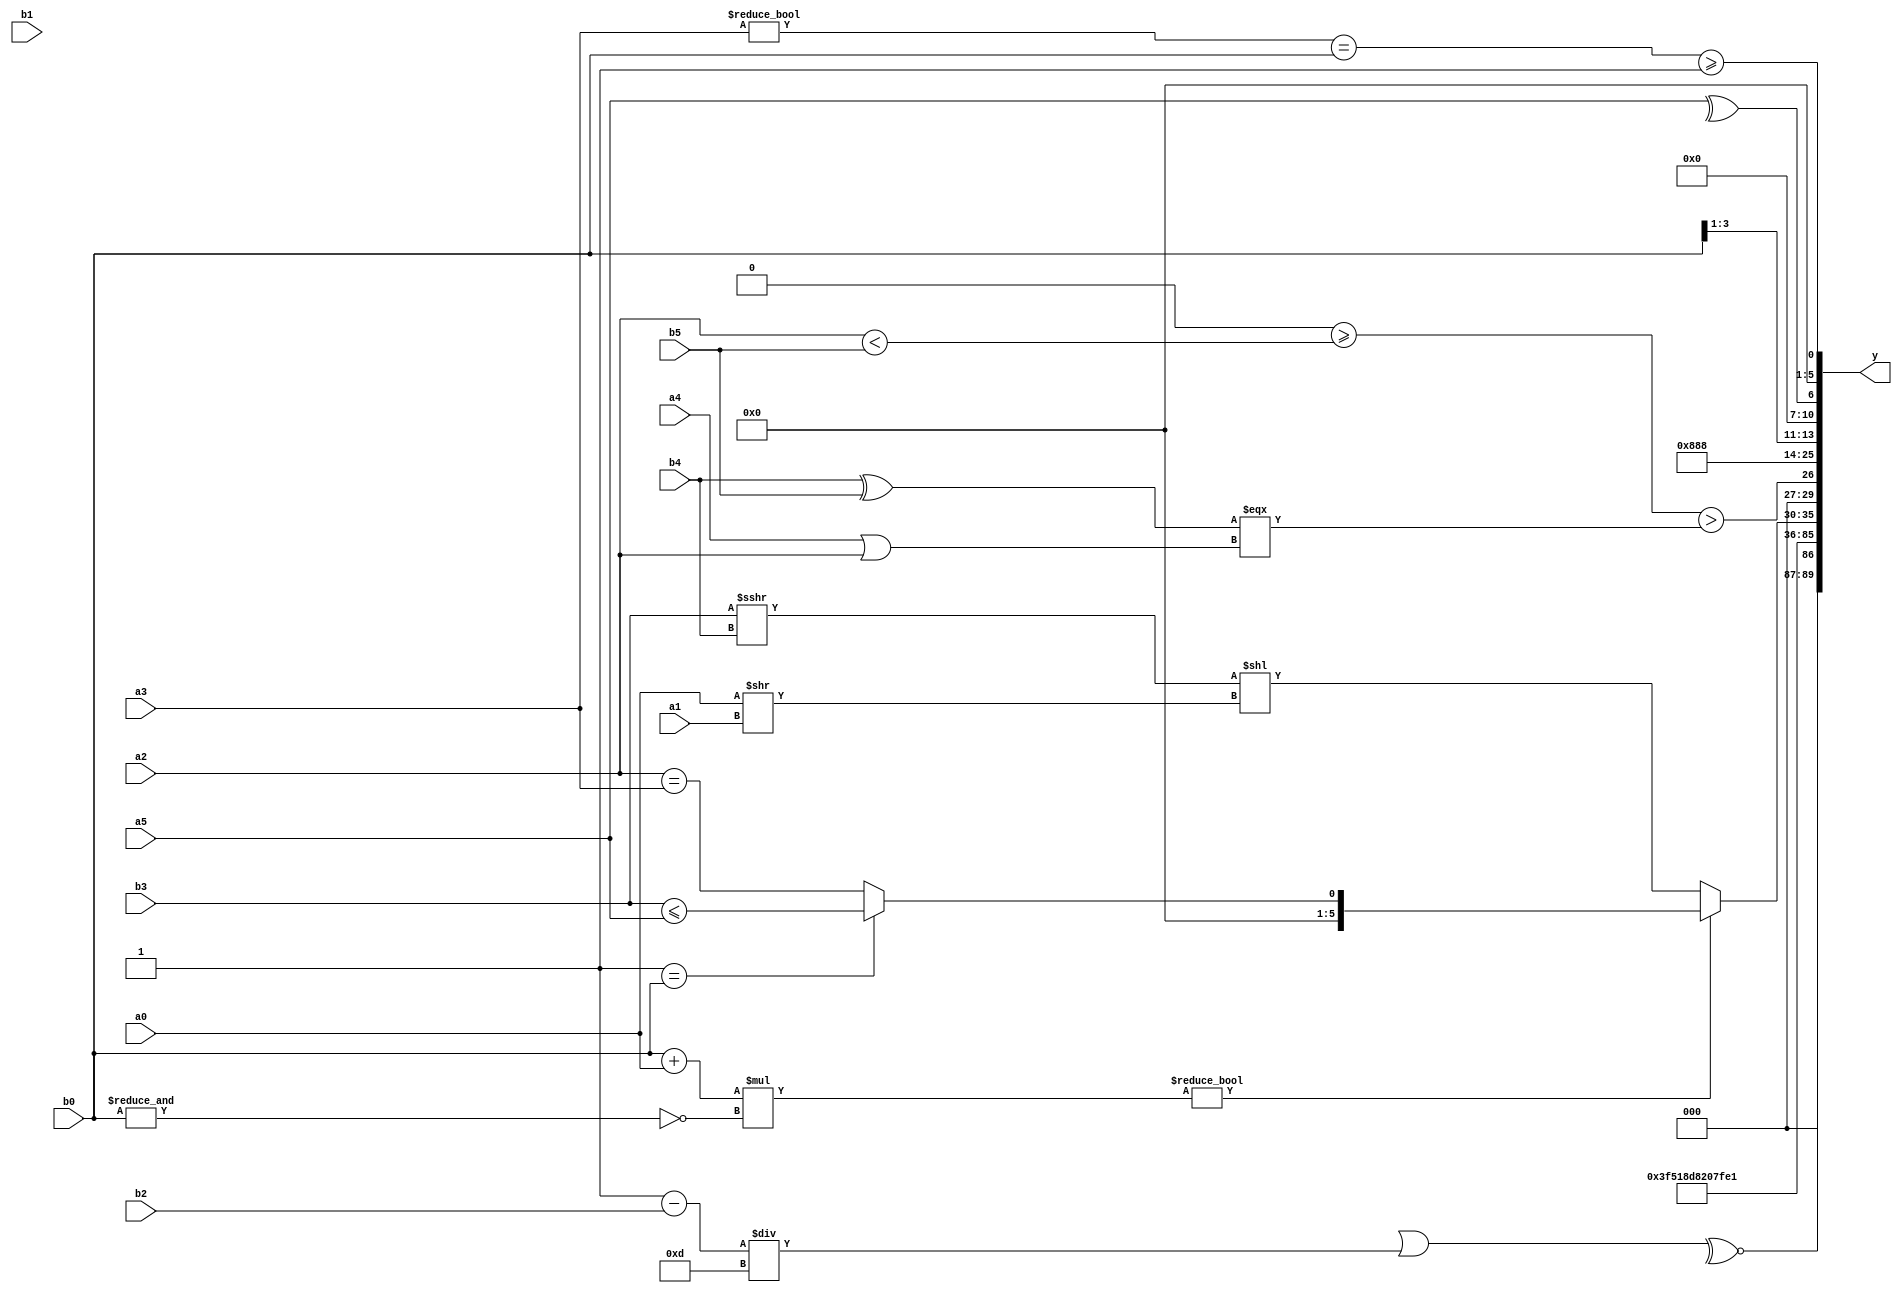
module expression_00151(a0, a1, a2, a3, a4, a5, b0, b1, b2, b3, b4, b5, y);
  input [3:0] a0;
  input [4:0] a1;
  input [5:0] a2;
  input signed [3:0] a3;
  input signed [4:0] a4;
  input signed [5:0] a5;

  input [3:0] b0;
  input [4:0] b1;
  input [5:0] b2;
  input signed [3:0] b3;
  input signed [4:0] b4;
  input signed [5:0] b5;

  wire [3:0] y0;
  wire [4:0] y1;
  wire [5:0] y2;
  wire signed [3:0] y3;
  wire signed [4:0] y4;
  wire signed [5:0] y5;
  wire [3:0] y6;
  wire [4:0] y7;
  wire [5:0] y8;
  wire signed [3:0] y9;
  wire signed [4:0] y10;
  wire signed [5:0] y11;
  wire [3:0] y12;
  wire [4:0] y13;
  wire [5:0] y14;
  wire signed [3:0] y15;
  wire signed [4:0] y16;
  wire signed [5:0] y17;

  output [89:0] y;
  assign y = {y0,y1,y2,y3,y4,y5,y6,y7,y8,y9,y10,y11,y12,y13,y14,y15,y16,y17};

  localparam [3:0] p0 = ({3{(-4'sd3)}}<<(2'd0));
  localparam [4:0] p1 = ((&(2'd2))<<<(3'sd1));
  localparam [5:0] p2 = (((3'd2)<<<{(2'd2),(3'sd0)})!={(2'sd1),(-3'sd1),((2'd3)-(2'sd0))});
  localparam signed [3:0] p3 = (((4'd13)<<(4'd12))<<((3'sd0)>=(3'd6)));
  localparam signed [4:0] p4 = {(((5'sd10)!==(-2'sd0))<<{(3'sd0)})};
  localparam signed [5:0] p5 = ((5'sd4)<<(3'd2));
  localparam [3:0] p6 = (~|(-(((2'd2)<(2'sd1))%(5'd5))));
  localparam [4:0] p7 = ((-(-5'sd1))<{3{(3'd4)}});
  localparam [5:0] p8 = (!{{(+(-4'sd0))},((-2'sd0)==(5'd18)),(&{2{(5'd30)}})});
  localparam signed [3:0] p9 = (!(^(^{{3{(!(3'sd3))}},((&{(-2'sd0),(3'sd1)})==((5'd27)>(2'd2)))})));
  localparam signed [4:0] p10 = (((-3'sd0)<<<{(2'd1),(3'd7),(5'd1)})==(5'd13));
  localparam signed [5:0] p11 = (2'sd0);
  localparam [3:0] p12 = (({(4'sd0)}>>>{(-4'sd0),(-4'sd5)})===((|(-2'sd0))+((-5'sd5)<<<(3'sd3))));
  localparam [4:0] p13 = ((4'd0)?(3'd6):(-4'sd3));
  localparam [5:0] p14 = ((~((5'd29)?(2'd3):(-2'sd1)))?{{((4'd11)?(4'sd0):(3'd1))}}:{((4'd2)?(-2'sd0):(4'sd0))});
  localparam signed [3:0] p15 = (({3{(5'd28)}}-(((5'd31)<<<(3'd0))=={4{(3'sd0)}}))<=(({(-3'sd0)}<=((3'sd2)&(-3'sd3)))-{2{{4{(2'd1)}}}}));
  localparam signed [4:0] p16 = ((!((!(5'd25))!={(4'sd0)}))>=({(3'd7),(4'sd4),(3'd5)}>>>(~^(5'd26))));
  localparam signed [5:0] p17 = (((-3'sd3)?(2'sd0):(-5'sd9))?(|(~^((5'sd1)>>>(-2'sd0)))):((4'd11)?(5'sd0):(2'd3)));

  assign y0 = (~^(((~&(a5^~p4))%p12)|((p8-b2)/p0)));
  assign y1 = ({{1{a0}},{p9,a1,b2},(-p17)}?(-{1{(~&{2{p3}})}}):{{a1,a2,b4},(a5?a4:a0),(~&a0)});
  assign y2 = {4{{(2'd2)}}};
  assign y3 = $signed((3'sd3));
  assign y4 = (5'd3);
  assign y5 = {{(-3'sd2)},(-2'sd0)};
  assign y6 = (((p12?p0:p2)?(p5?p1:p9):(3'd1))?{(p13?p10:p17)}:(2'd2));
  assign y7 = (({3{b0}}!==(b5!==b3))==({p6,b1}<<{p11}));
  assign y8 = (-2'sd1);
  assign y9 = (p14^~p12);
  assign y10 = (p8);
  assign y11 = (((b0+a0)*(~&(b0)))?((p4==b0)?(b3<=a5):(a2==a3)):((b3>>>b4)<<(a0>>a1)));
  assign y12 = (((~^p0)>=(a2<b5))>((b4^b5)===(a4|a2)));
  assign y13 = ((4'd2)?{{3{p9}}}:(5'sd12));
  assign y14 = (3'd4);
  assign y15 = $signed({{a5,a4},(~^a5),(b0>>>p8)});
  assign y16 = (^((~p0)?{1{a5}}:(a2>a0)));
  assign y17 = ((({2{p10}}!={a3})=={{p10,b0}})>=({{2{b3}},(p10)}!={1{(5'd23)}}));
endmodule